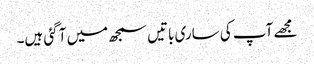
مجھے آپ کی ساری باتیں سمجھ میں آ گئی ہیں۔